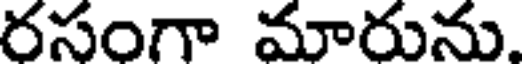
రసంగా మారును.